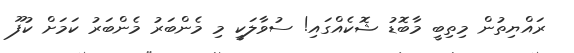
ރައްޔިތުން މިތިބީ މާބޮޑު ޝޮކެއްގައި! ސުވާލަކީ މި މެންބަރު މެންބަރު ކަމަށް ކުފޫ